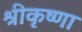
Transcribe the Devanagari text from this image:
श्रीकृष्णा